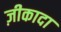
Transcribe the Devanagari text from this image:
ज़ीकादा